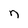
Character: n